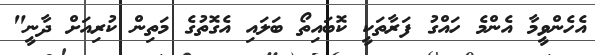
އެހެންވީމާ އެންމެ ހައްގު ފަރާތަކީ ކޮބައިތޯ ބަލައި އެގޮތުގެ މަތިން ކުރިއަށް ދާނީ"